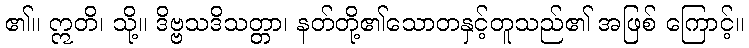
၏။ ဣတိ၊ သို့။ ဒိဗ္ဗသဒိသတ္တာ၊ နတ်တို့၏သောတနှင့်တူသည်၏ အဖြစ် ကြောင့်။